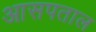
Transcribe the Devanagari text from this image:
आसपताल